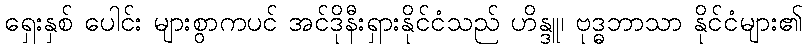
ရှေးနှစ် ပေါင်း များစွာကပင် အင်ဒိုနီးရှားနိုင်ငံသည် ဟိန္ဒူ၊ ဗုဒ္ဓဘာသာ နိုင်ငံများ၏